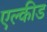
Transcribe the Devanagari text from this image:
एल्कीड